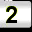
Digit: 2